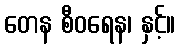
တေန စီဝရေန၊ နှင့်။